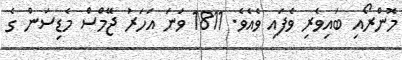
މޮންރޯއި ބައިވެރި ވެފައި ވެއެވެ. 1811 ވަނަ އަހަރު ޖޭމްސް މެޑިސަން ގެ